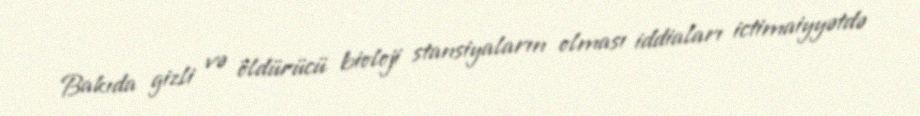
Bakıda gizli və öldürücü bioloji stansiyaların olması iddiaları ictimaiyyətdə